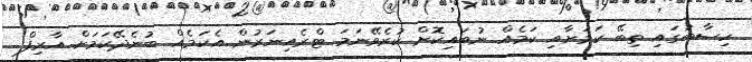
ހިސާބުގައި ތިބޭ ކަމަށާއި ކަމެއް ނުބައިކޮށް ކުރެވޭނަމަ ޓްރެއިނަރުން އެކަމެއް ބުނެދޭކަމަށް އާރިފް